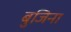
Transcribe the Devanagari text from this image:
बुजिना